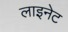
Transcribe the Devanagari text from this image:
लाइनेट